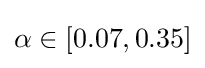
\alpha \in [0.07,0.35]